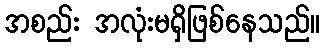
အစည်း အလုံးမရှိဖြစ်နေသည်။